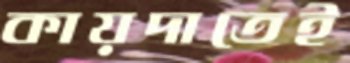
কায়দাতেই